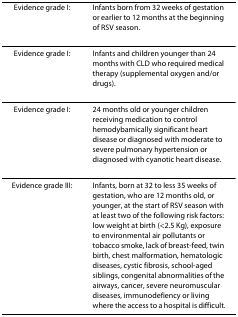
<table><thead><tr><td><b>Evidence grade I:</b></td><td><b>Infants born from 32 weeks of gestation or earlier to 12 months at the beginning of RSV season.</b></td></tr></thead><tbody><tr><td>Evidence grade I:</td><td>Infants and children younger than 24 months with CLD who required medical therapy (supplemental oxygen and/or drugs).</td></tr><tr><td>Evidence grade I:</td><td>24 months old or younger children receiving medication to control hemodybamically significant heart disease or diagnosed with moderate to severe pulmonary hypertension or diagnosed with cyanotic heart disease.</td></tr><tr><td>Evidence grade III:</td><td>Infants, born at 32 to less 35 weeks of gestation, who are 12 months old, or younger, at the start of RSV season with at least two of the following risk factors: low weight at birth (&lt;2.5 Kg), exposure to environmental air pollutants or tobacco smoke, lack of breast-feed, twin birth, chest malformation, hematologic diseases, cystic fibrosis, school-aged siblings, congenital abnormalities of the airways, cancer, severe neuromuscular diseases, immunodefiency or living where the access to a hospital is difficult.</td></tr></tbody></table>